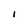
Character: I